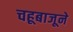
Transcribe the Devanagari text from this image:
चहूबाजूने